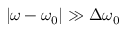
\left| \omega - \omega _ { 0 } \right| \gg \Delta \omega _ { 0 }